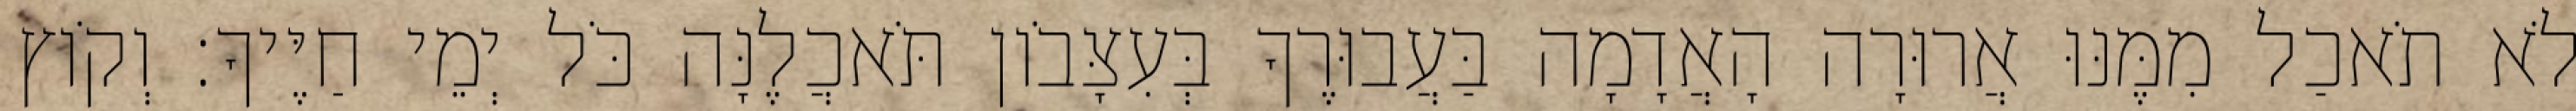
לֹא תֹאכַל מִמֶּנּוּ אֲרוּרָה הָאֲדָמָה בַּעֲבוּרֶךָ בְּעִצָּבֹון תֹּאכֲלֶנָּה כֹּל יְמֵי חַיֶּיךָ׃ וְקֹוץ